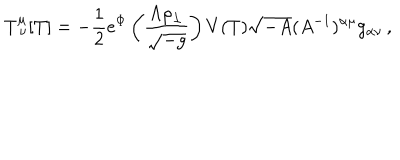
T _ { \ \nu } ^ { \mu } [ T ] = - { \frac { 1 } { 2 } } e ^ { \Phi } \left( { \frac { \Lambda \rho _ { \perp } } { \sqrt { - g } } } \right) V ( T ) \sqrt { - A } ( A ^ { - 1 } ) ^ { \alpha \mu } g _ { \alpha \nu } \, ,